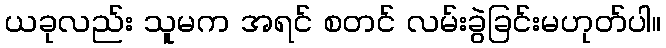
ယခုလည်း သူမက အရင် စတင် လမ်းခွဲခြင်းမဟုတ်ပါ။